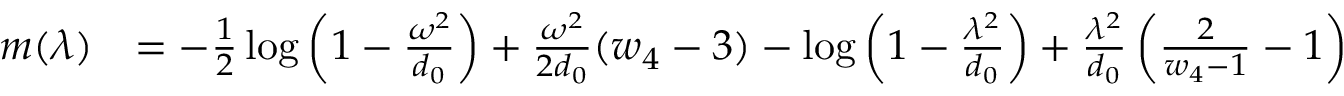
\begin{array} { r l } { m ( \lambda ) } & { = - \frac { 1 } { 2 } \log \left( 1 - \frac { \omega ^ { 2 } } { d _ { 0 } } \right) + \frac { \omega ^ { 2 } } { 2 d _ { 0 } } ( w _ { 4 } - 3 ) - \log \left( 1 - \frac { \lambda ^ { 2 } } { d _ { 0 } } \right) + \frac { \lambda ^ { 2 } } { d _ { 0 } } \left( \frac { 2 } { w _ { 4 } - 1 } - 1 \right) } \end{array}